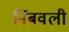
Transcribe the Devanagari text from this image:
निंबवली